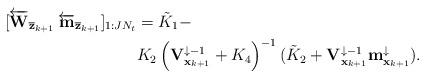
LaTeX: \begin{align*}[\overleftarrow{\mathbf{W}}_{\overline{\mathbf{z}}_{k+1}} \: \overleftarrow{\mathbf{m}}_{\overline{\mathbf{z}}_{k+1}}]_{1:J N_t} & = \tilde{K}_1 - \\& K_2 \left( \mathbf{V}_{\mathbf{x}_{k+1}}^{\downarrow -1} + K_4 \right)^{-1} (\tilde{K}_2 + \mathbf{V}_{\mathbf{x}_{k+1}}^{\downarrow -1} \mathbf{m}_{\mathbf{x}_{k+1}}^{\downarrow}).\end{align*}